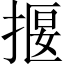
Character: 揠